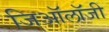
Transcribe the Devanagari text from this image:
जिऑलॉजी